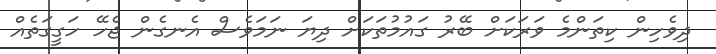
ދިވެހިން ކިތަންމެ ވަރަކަށް ބޭރު ގައުމުތަކަށް ދިޔަ ނަމަވެސް އެނގެން ޖެހޭ ހަގީގަތެއް